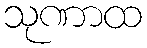
သုဏာထ